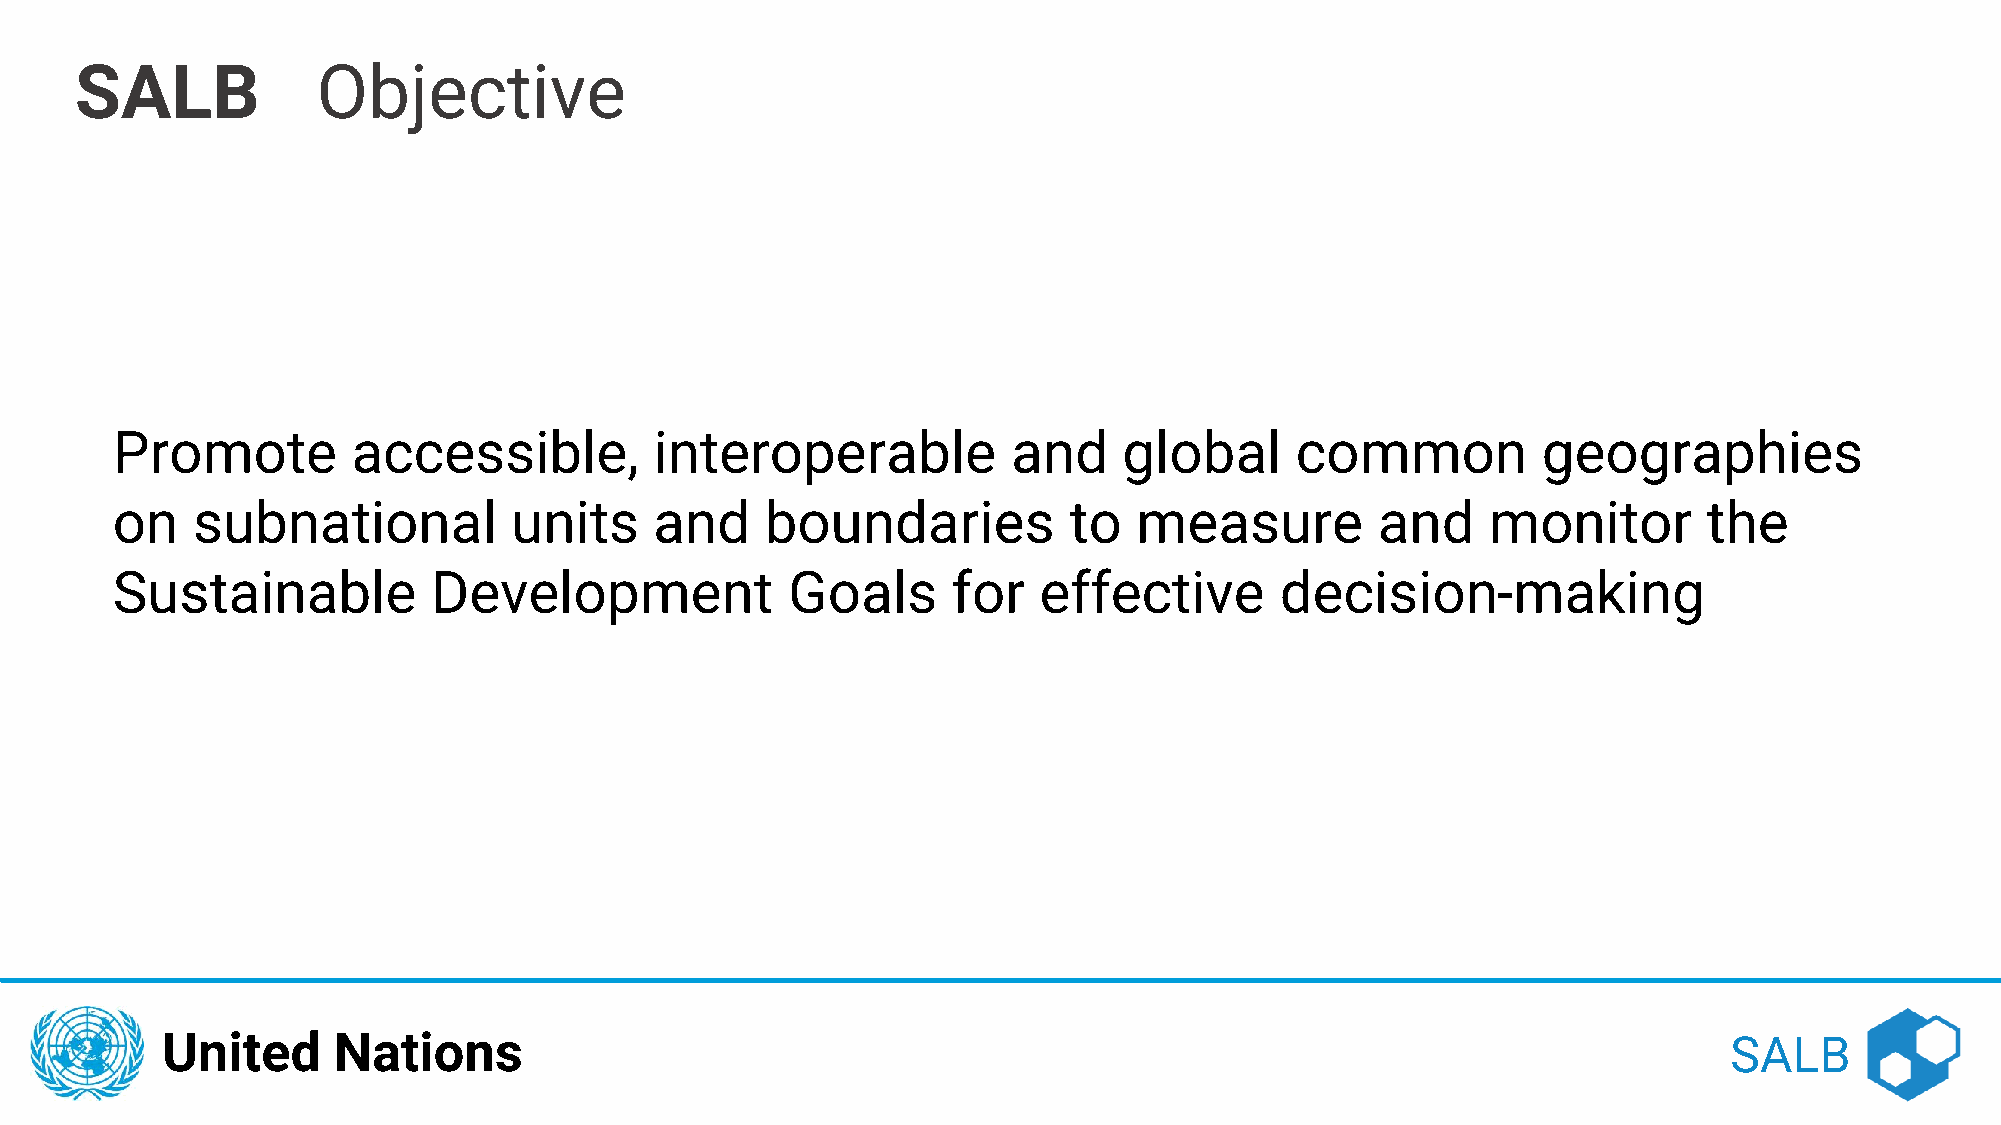
SALB            Objective
 Promote         accessible,         interoperable           and    global      common          geographies
 on    subnational          units    and     boundaries          to  measure         and     monitor       the
 Sustainable           Development            Goals      for   effective       decision-making
 United     Nations                                                                                     SALB